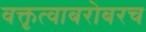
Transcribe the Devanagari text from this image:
वक्तृत्वाबरोबरच